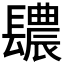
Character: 𨲳